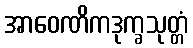
အာဝေဏိကဒုက္ခသုတ္တံ